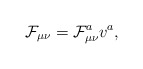
\begin{align*}\mathcal{F}_{\mu\nu}=\mathcal{F}_{\mu\nu}^av^a,\end{align*}